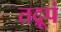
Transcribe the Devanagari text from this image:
तद्रूपं